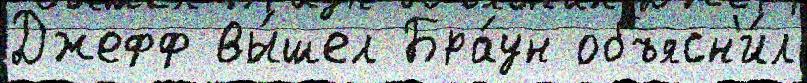
Джефф вы́шел Бра́ун объясн'и́л